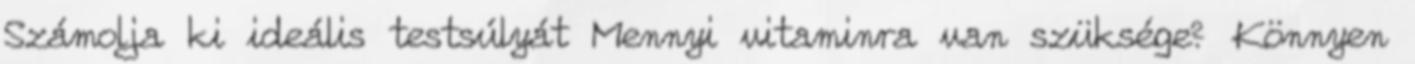
Számolja ki ideális testsúlyát Mennyi vitaminra van szüksége? Könnyen